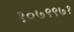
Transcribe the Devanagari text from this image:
१०७९९७१